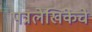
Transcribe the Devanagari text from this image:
पत्रलेखिकेचे